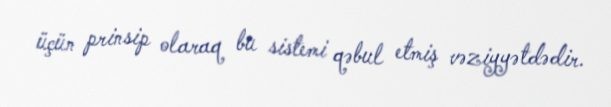
üçün prinsip olaraq bu sistemi qəbul etmiş vəziyyətdədir.